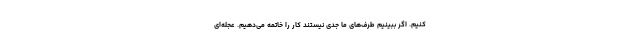
کنیم. اگر ببینیم طرف‌های ما جدی نیستند کار را خاتمه می‌دهیم. عجله‌ای